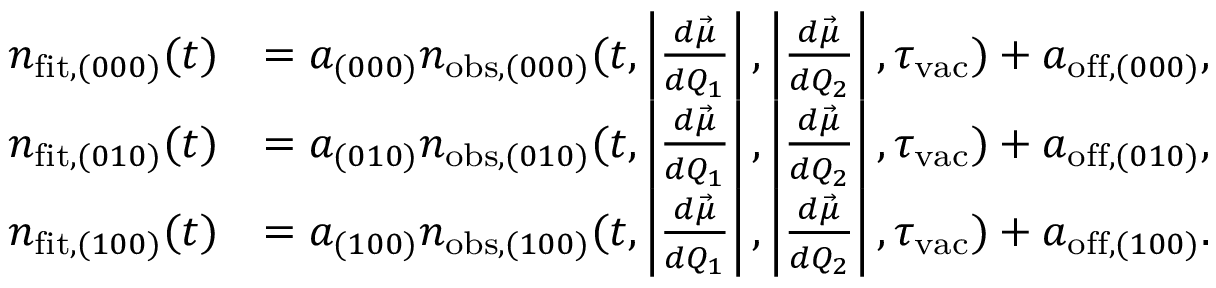
\begin{array} { r l } { n _ { \mathrm { f i t } , ( 0 0 0 ) } ( t ) } & { = a _ { ( 0 0 0 ) } n _ { \mathrm { o b s } , ( 0 0 0 ) } ( t , \left| \frac { d \vec { \mu } } { d Q _ { 1 } } \right| , \left| \frac { d \vec { \mu } } { d Q _ { 2 } } \right| , \tau _ { \mathrm { v a c } } ) + a _ { \mathrm { o f f } , ( 0 0 0 ) } , } \\ { n _ { \mathrm { f i t } , ( 0 1 0 ) } ( t ) } & { = a _ { ( 0 1 0 ) } n _ { \mathrm { o b s } , ( 0 1 0 ) } ( t , \left| \frac { d \vec { \mu } } { d Q _ { 1 } } \right| , \left| \frac { d \vec { \mu } } { d Q _ { 2 } } \right| , \tau _ { \mathrm { v a c } } ) + a _ { \mathrm { o f f } , ( 0 1 0 ) } , } \\ { n _ { \mathrm { f i t } , ( 1 0 0 ) } ( t ) } & { = a _ { ( 1 0 0 ) } n _ { \mathrm { o b s } , ( 1 0 0 ) } ( t , \left| \frac { d \vec { \mu } } { d Q _ { 1 } } \right| , \left| \frac { d \vec { \mu } } { d Q _ { 2 } } \right| , \tau _ { \mathrm { v a c } } ) + a _ { \mathrm { o f f } , ( 1 0 0 ) } . } \end{array}